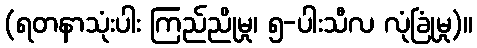
(ရတနာသုံးပါး ကြည်ညိုမှု၊ ၅-ပါးသီလ လုံခြုံမှု)။